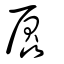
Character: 𠫍